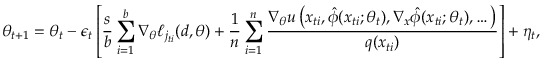
\theta _ { t + 1 } = \theta _ { t } - \epsilon _ { t } \left[ \frac { s } { b } \sum _ { i = 1 } ^ { b } \nabla _ { \theta } \ell _ { j _ { t i } } ( d , \theta ) + \frac { 1 } { n } \sum _ { i = 1 } ^ { n } \frac { \nabla _ { \theta } u \left( x _ { t i } , \hat { \phi } ( x _ { t i } ; \theta _ { t } ) , \nabla _ { x } \hat { \phi } ( x _ { t i } ; \theta _ { t } ) , \dots \right) } { q ( x _ { t i } ) } \right] + \eta _ { t } ,